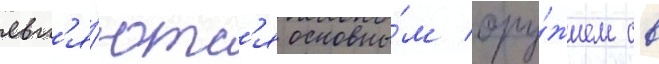
явл'я́ютс'я основны́м ору́жием св